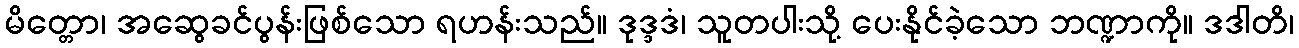
မိတ္တော၊ အဆွေခင်ပွန်းဖြစ်သော ရဟန်းသည်။ ဒုဒ္ဒဒံ၊ သူတပါးသို့ ပေးနိုင်ခဲ့သော ဘဏ္ဍာကို။ ဒဒါတိ၊